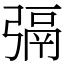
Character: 㣂